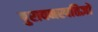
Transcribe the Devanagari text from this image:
पुरावनस्पतिज्ञों